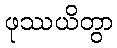
ဖုဿယိတွာ